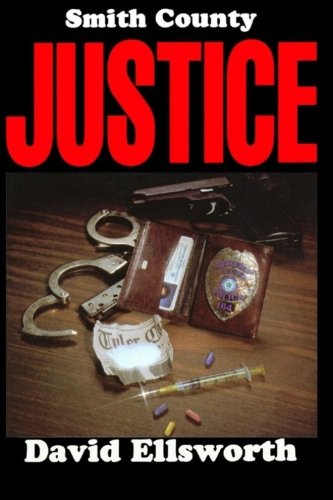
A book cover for Smith County Justice; David Ellsworth; Law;